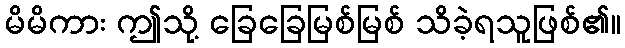
မိမိကား ဤသို့ ခြေခြေမြစ်မြစ် သိခဲ့ရသူဖြစ်၏။